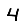
Digit: 4